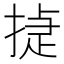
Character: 㨗